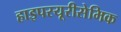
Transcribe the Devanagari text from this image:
हाइपरयूरीसेमिक